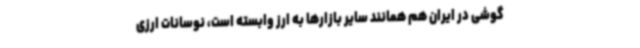
گوشی در ایران هم همانند سایر بازارها به ارز وابسته است، نوسانات ارزی